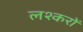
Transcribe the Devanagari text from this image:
लश्करों